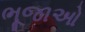
ભૂજાઓ